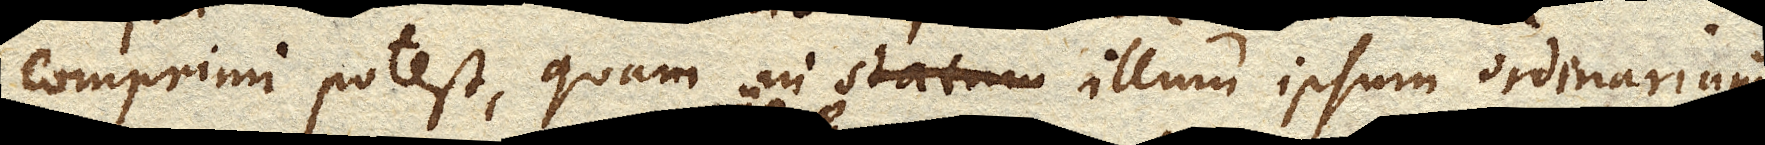
comprimi potest, quam in illum ipsum ordinarium